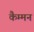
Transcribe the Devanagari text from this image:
कैम्मन